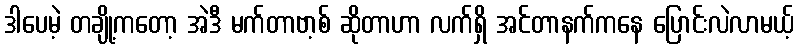
ဒါပေမဲ့ တချို့ကတော့ အဲဒီ မက်တာဗာ့စ် ဆိုတာဟာ လက်ရှိ အင်တာနက်ကနေ ပြောင်းလဲလာမယ့်